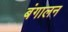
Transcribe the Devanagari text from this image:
बंगालन